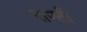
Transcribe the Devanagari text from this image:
राप्सी